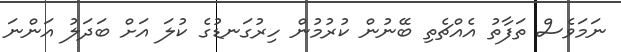
ނަމަވެސް ތަފާތު އެއްޗެތި ބޭނުން ކުރުމުން ހިރުގަނޑުގެ ކުލަ އަށް ބަދަލު އަންނަ